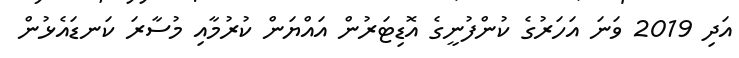
އަދި 2019 ވަނަ އަހަރުގެ ކުންފުނީގެ އޮޑިޓަރުން އައްޔަން ކުރުމާއި މުސާރަ ކަނޑައެޅުން